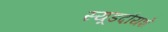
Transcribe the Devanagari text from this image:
स्यूडदौयशे